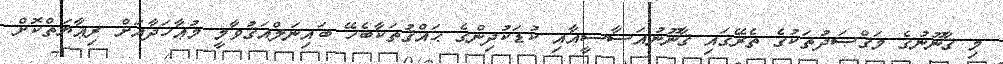
މި ޤާނޫނުގެ މަޤްޞަދުތަކުގެ ތެރޭގައި ޤާނޫނުއަސާސީއާއި ކުޑަކުދިންގެ ޙައްޤުތަކާބެހޭ ބައިނަލްއަޤުވާމީ މުޢާހަދާއަށް ރިޢާޔަތްކޮށް